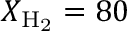
X _ { \mathrm { H _ { 2 } } } = 8 0 \